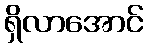
ရှိလာအောင်